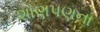
શાણપણના